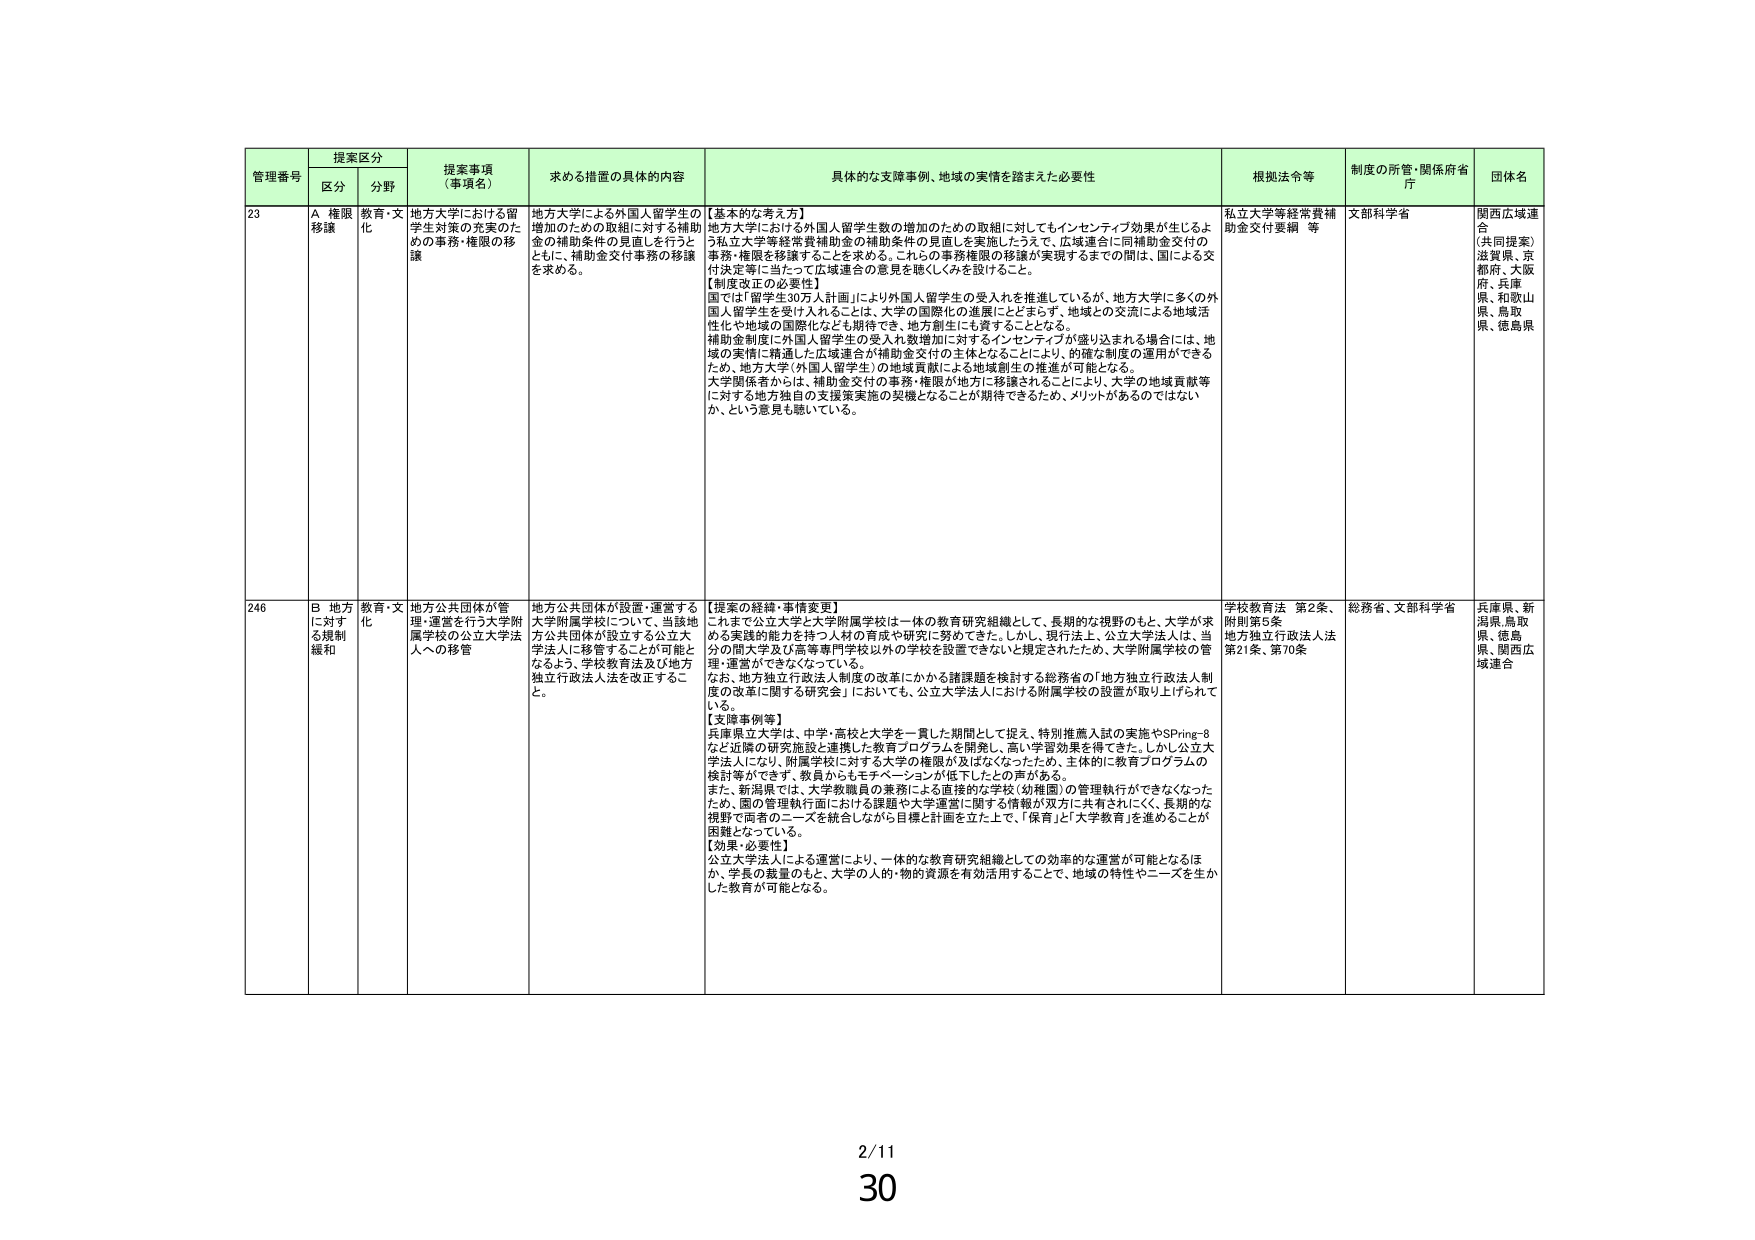
管理番号 提案区分 提案事項（事項名） 求める措置の具体的内容 具体的な支援事例、地域の実情を踏まえた必要性 根拠法令等 制度の所管・関係府省庁 団体名
区分 分野
23 A 権限移譲 教育・文化 地方大学における留学生対策の充実のための事務・権限の移譲 地方大学による外国人留学生の増加のための取組に対する補助金の補助条件の見直しを行うとともに、補助金交付事務の移譲を求める。 【基本的な考え方】 地方大学における外国人留学生数の増加のための取組に対してもインセンティブ効果が生じるよう私立大学等経常費補助金の補助条件の見直しを実施したうえで、広域連合に同補助金交付の事務・権限を移譲することを求める。これらの事務権限の移譲が実現するまでの間は、国による交付決定等に当たって広域連合の意見を聴くしくみを設けること。 【制度改正の必要性】 国では「留学生30万人計画」により外国人留学生の受入れを推進しているが、地方大学に多くの外国人留学生を受け入れることは、大学の国際化の進展にとどまらず、地域との交流による地域活性化や地域の国際化なども期待でき、地方創生にも資することとなる。 補助金制度に外国人留学生の受入れ数増加に対するインセンティブが盛り込まれる場合には、地域の実情に精通した広域連合が補助金交付の主体となることにより、的確な制度の運用ができるため、地方大学（外国人留学生）の地域貢献による地域創生の推進が可能となる。 大学関係者からは、補助金交付の事務・権限が地方に移譲されることにより、大学の地域貢献等に対する地方独自の支援策実施の契機となることが期待できるため、メリットがあるのではないか、という意見も聴いている。 私立大学等経常費補助金交付要綱 等 文部科学省 関西広域連合 （共同提案） 滋賀県、京都府、大阪府、兵庫県、和歌山県、鳥取県、徳島県
246 B 地方に対する規制緩和 教育・文化 地方公共団体が管理・運営を行う大学附属学校の公立大学法人への移管 地方公共団体が設置・運営する大学附属学校について、当該地方公共団体が設立する公立大学法人に移管することが可能となるよう、学校教育法及び地方独立行政法人法を改正すること。 【提案の経緯・事情変更】 これまで公立大学と大学附属学校は一体の教育研究組織として、長期的な視野のもと、大学が求める実践的能力を持つ人材の育成や研究に努めてきた。しかし、現行法上、公立大学法人は、自分の関大学及び高等専門学校以外の学校を設置できないと規定されたため、大学附属学校の管理・運営ができなくなっている。 なお、地方独立行政法人制度の改革にかかる諸課題を検討する総務省の「地方独立行政法人制度の改革に関する研究会」においても、公立大学法人における附属学校の設置が取り上げられている。 【支援事例等】 兵庫県立大学は、中学・高校と大学を一貫した期間として捉え、特別推薦入試の実施やSPring-8など近隣の研究施設と連携した教育プログラムを開発し、高い学習効果を得てきた。しかし公立大学法人になり、附属学校に対する大学の権限が及ばなくなったため、主体的に教育プログラムの検討等ができず、教員からもモチベーションが低下したとの声がある。 また、新潟県では、大学教職員の業務による直接的な学校（幼稚園）の管理執行ができなくなったため、国の管理執行面における課題や大学運営に関する情報が双方に共有されにくく、長期的な視野で両者のニーズを統合しながら目標と計画を立てる上で、「保育」と「大学教育」を進めことが困難となっている。 【効果・必要性】 公立大学法人による運営により、一体的な教育研究組織としての効率的な運営が可能となるほか、学長の裁量のもと、大学の人的・物的資源を有効活用することで、地域の特性やニーズを生かした教育が可能となる。 学校教育法 第2条、附則第5条 地方独立行政法人法 第21条、第70条 総務省、文部科学省 兵庫県、新潟県、鳥取県、徳島県、関西広域連合
2/11
30